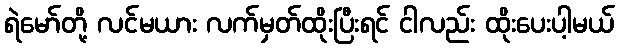
ရဲမော်တို့ လင်မယား လက်မှတ်ထိုးပြီးရင် ငါလည်း ထိုးပေးပါ့မယ်